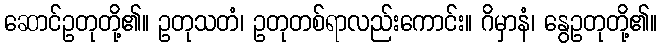
ဆောင်ဥတုတို့၏။ ဥတုသတံ၊ ဥတုတစ်ရာလည်းကောင်း။ ဂိမှာနံ၊ နွေဥတုတို့၏။